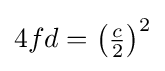
4fd=\left({\tfrac {c}{2}}\right)^{2}